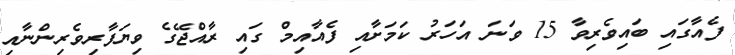
ފެއާގައި ބައިވެރިވާ 15 ވަނަ އަހަރު ކަމަށާއި ފެއާއިމް ގައި ރާއްޖޭގެ ވިޔަފާރިވެރިންނާއި